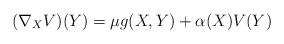
LaTeX: \begin{align*}(\nabla_{X}V)(Y)=\mu g(X,Y)+\alpha(X)V(Y)\end{align*}